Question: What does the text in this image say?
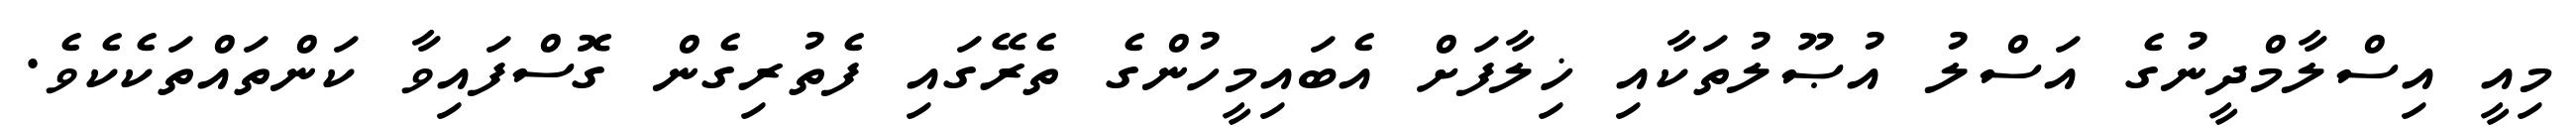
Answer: މިއީ އިސްލާމްދީނުގެ އަސްލު އުޞޫލުތަކާއި ޚިލާފަށް އެބައިމީހުންގެ ތެރޭގައި ފެތުރިގެން ގޮސްފައިވާ ކަންތައްތަކެކެވެ.